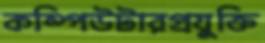
কম্পিউটারপ্রযুক্তি